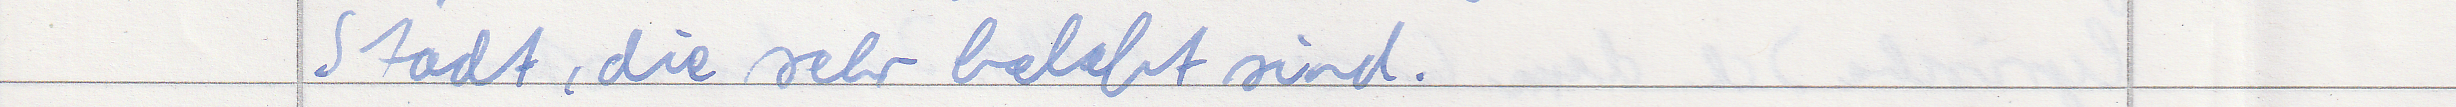
Stadt, die sehr belebt sind.